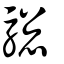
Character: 驄